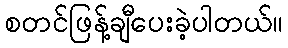
စတင်ဖြန့်ချီပေးခဲ့ပါတယ်။